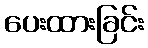
ပေးထားခြင်း